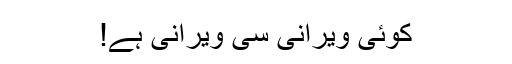
کوئی ویرانی سی ویرانی ہے!